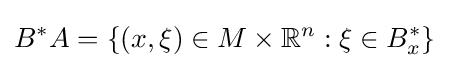
B^{*}A=\{(x,\xi )\in M\times \mathbb {R} ^{n}:\xi \in B_{x}^{*}\}